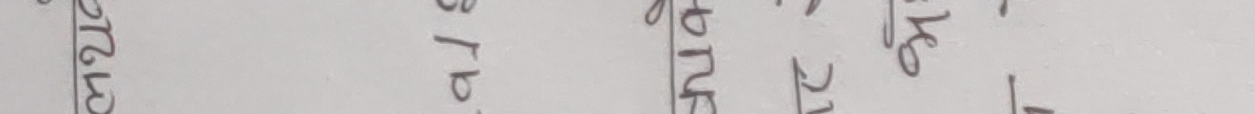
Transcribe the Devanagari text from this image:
७२७२१११९२